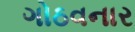
ગોઠવનાર